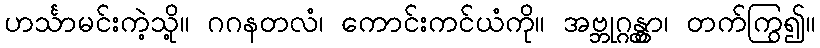
ဟင်္သာမင်းကဲ့သို့။ ဂဂနတလံ၊ ကောင်းကင်ယံကို။ အဗ္ဘုဂ္ဂန္တွာ၊ တက်ကြွ၍။